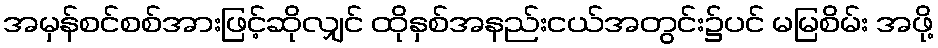
အမှန်စင်စစ်အားဖြင့်ဆိုလျှင် ထိုနှစ်အနည်းငယ်အတွင်း၌ပင် မမြစိမ်း အဖို့